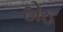
ઠોઠ